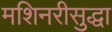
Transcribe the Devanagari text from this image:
मशिनरीसुद्धा